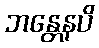
ဘန္တေနပိ